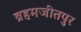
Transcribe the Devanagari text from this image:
ब्रहमजीतपुर